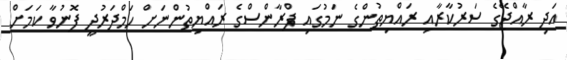
އަދި ރާއްޖޭގެ ސަރުކާރާއި ރައްޔިތުންގެ ނަމުގައި ފްރާންސްގެ ރައްޔިތުންނަށް ހަމްދަރުދީ ފޮނުވާ ކަމަށް